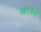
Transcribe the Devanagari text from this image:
खरबवे